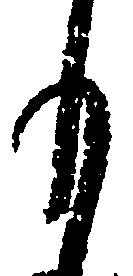
も